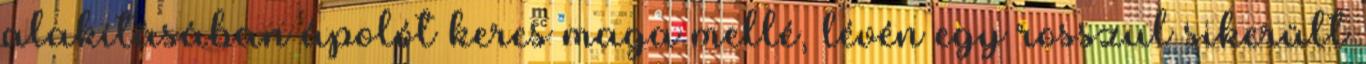
alakításában ápolót keres maga mellé, lévén egy rosszul sikerült